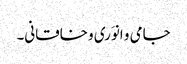
جامی و انوَری و خاقانی۔